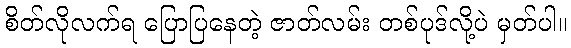
စိတ်လိုလက်ရ ပြောပြနေတဲ့ ဇာတ်လမ်း တစ်ပုဒ်လို့ပဲ မှတ်ပါ။